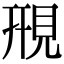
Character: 䙹